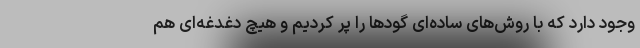
وجود دارد که با روش‌های ساده‌ای گودها را پر کردیم و هیچ دغدغه‌ای هم